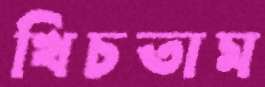
খিচতাম